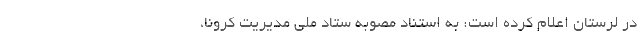
در لرستان اعلام کرده است:‌ به استناد مصوبه ستاد ملی مدیریت کرونا،